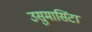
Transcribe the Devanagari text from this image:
उसुमासिंटा